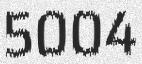
5004